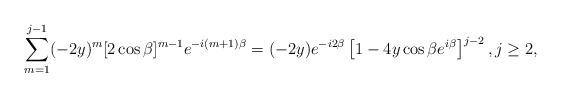
\begin{align*}\sum_{m=1}^{j-1}(-2y)^{m}[2\cos\beta]^{m-1}e^{-i(m+1)\beta} = (-2y)e^{-i2\beta}\left[1-4y\cos\beta e^{i\beta}\right]^{j-2}, j \geq 2,\end{align*}